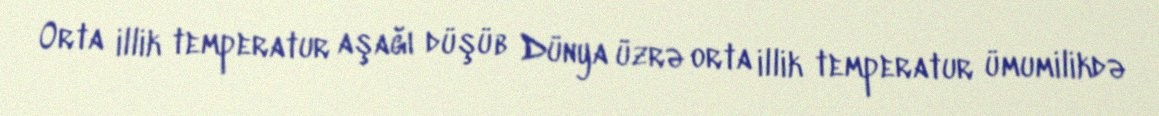
Orta illik temperatur aşağı düşüb Dünya üzrə orta illik temperatur ümumilikdə